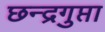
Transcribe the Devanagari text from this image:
छन्द्रगुप्ता